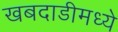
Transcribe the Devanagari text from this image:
खबदाडीमध्ये